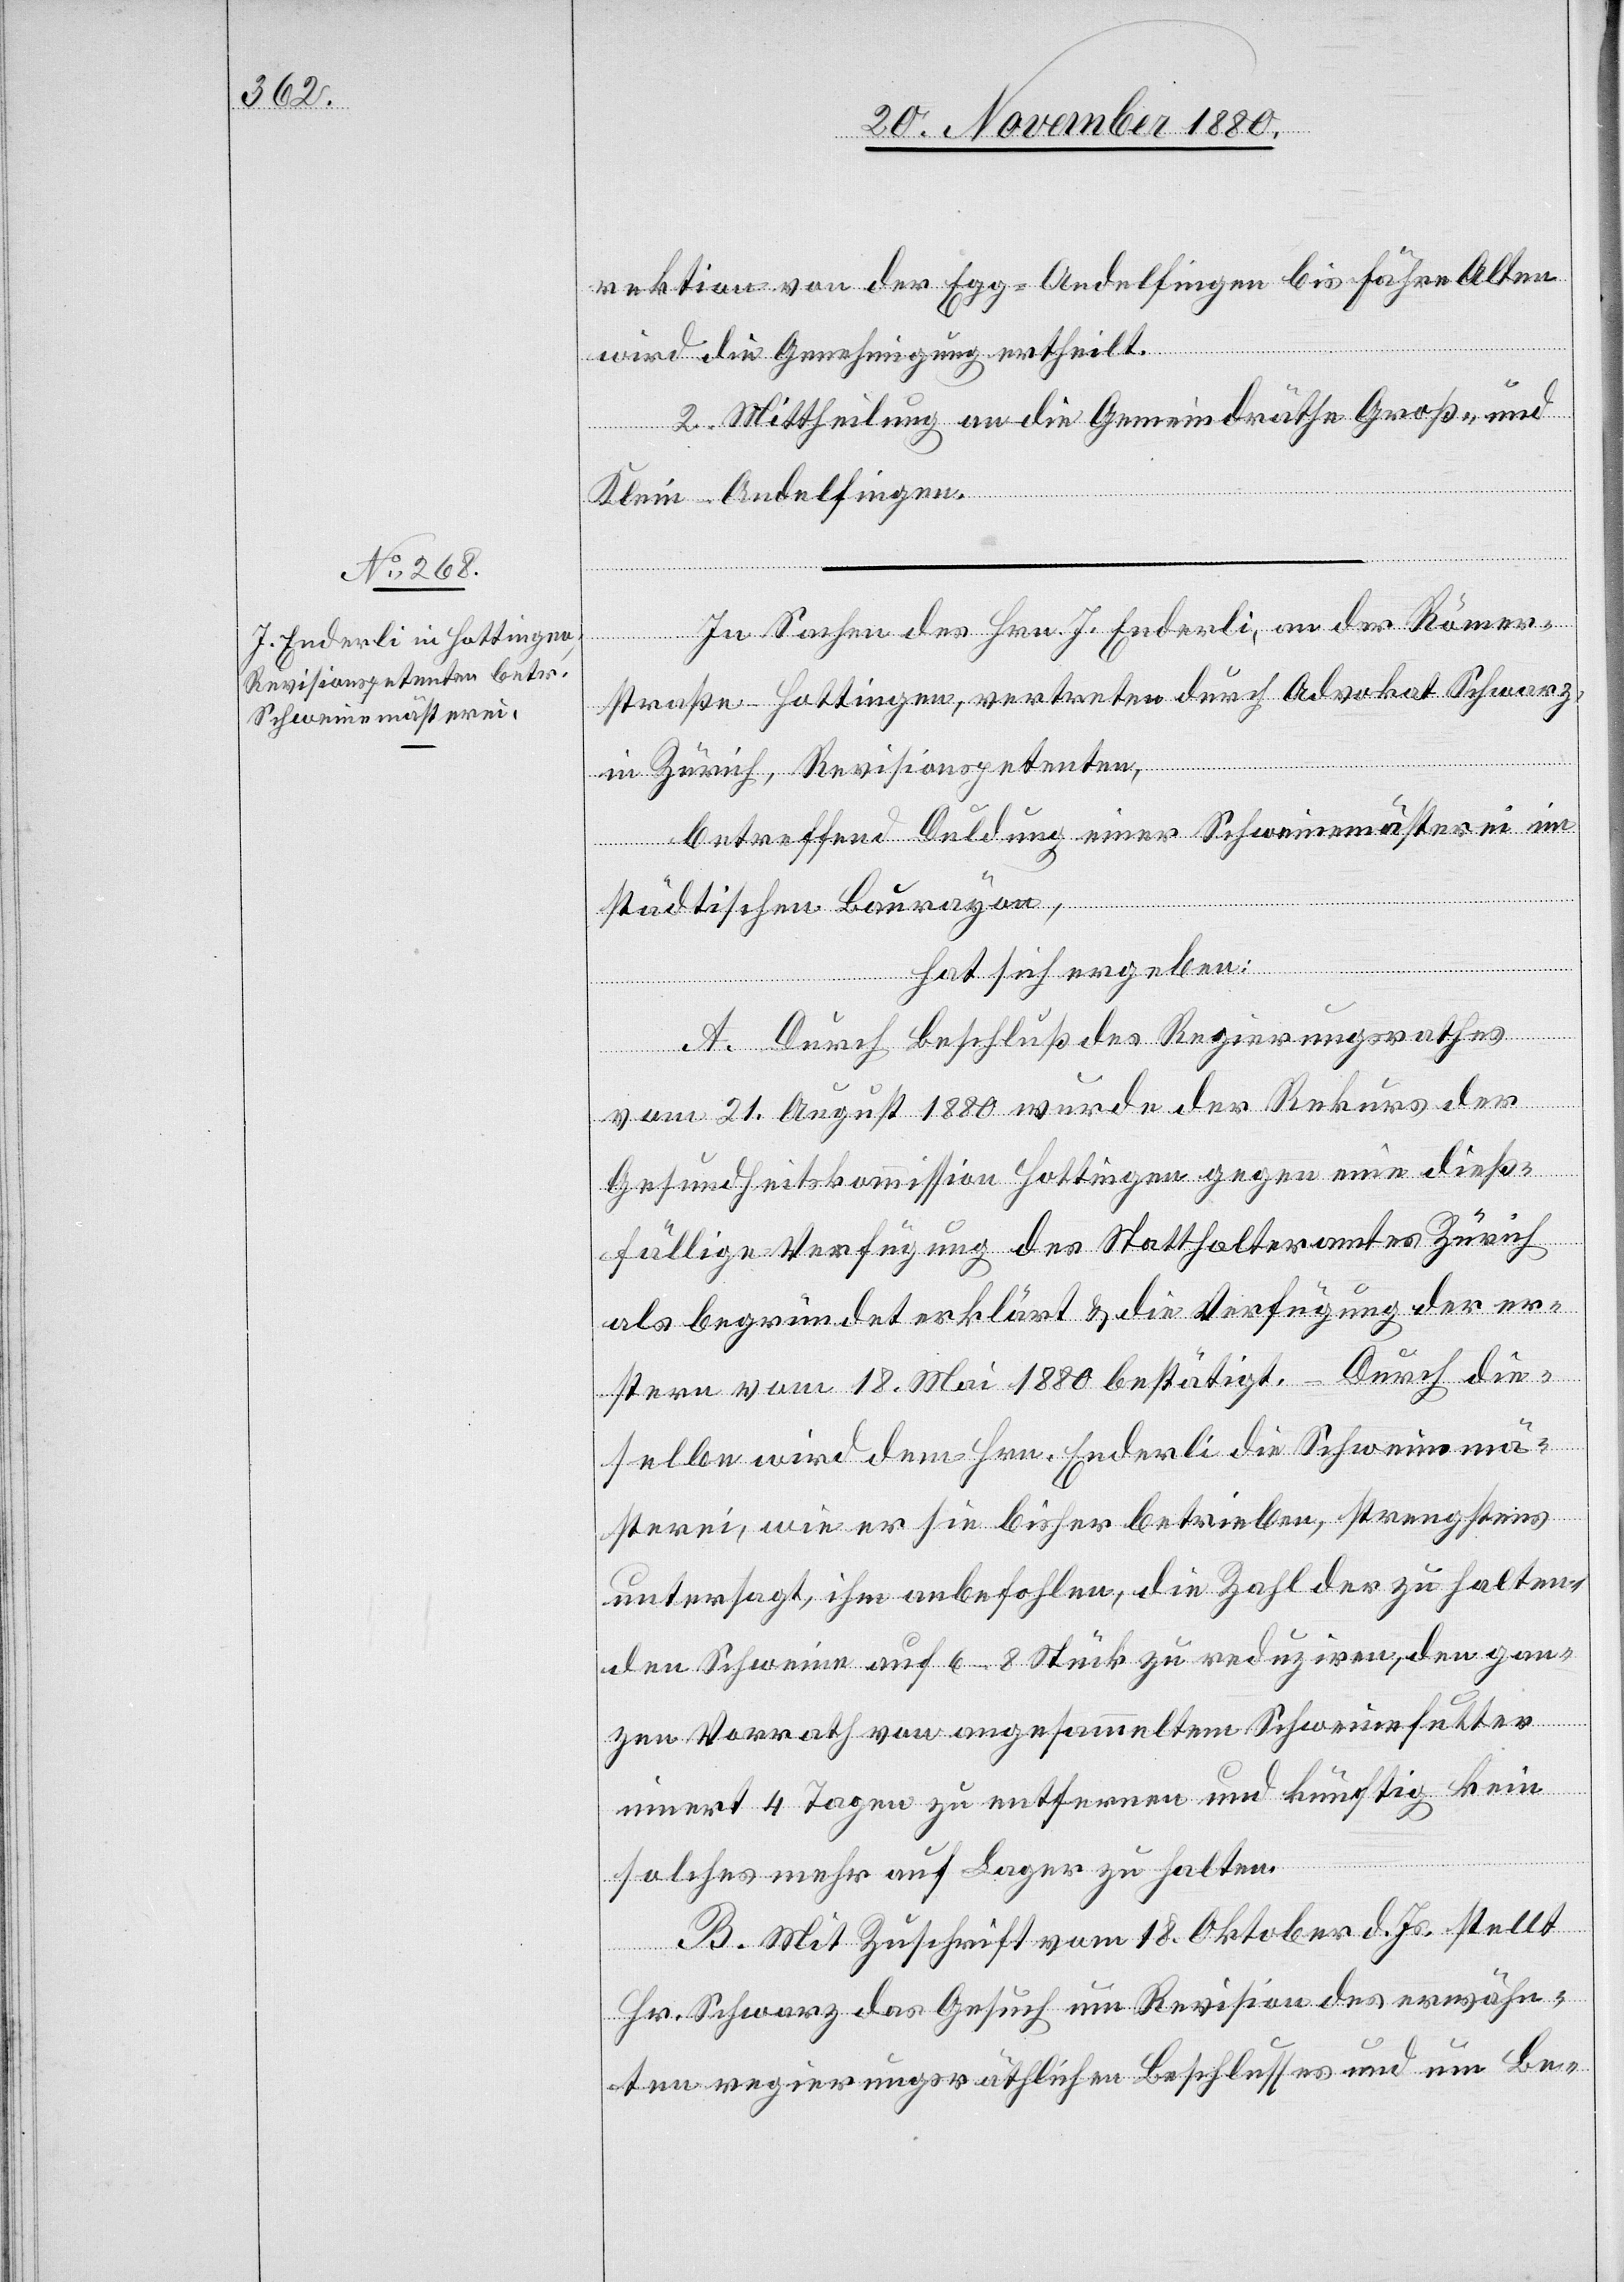
rektion von der Egg - Andelfingen bis Fähre Alten
wird die Genehmigung ertheilt.
2. Mittheilung an die Gemeindräthe Groß- und
Klein-Andelfingen.
In Sachen des Hrn. J. Enderli, an der Römer¬
straße - Hottingen, vertreten durch Advokat Schwarz,
in Zürich, Revisionspetenten,
betreffend Duldung einer Schweinemästerei im
städtischen Baurayon,
hat sich ergeben:
A. Durch Beschluß des Regierungsrathes
vom 21. August 1880 wurde der Rekurs der
Gesundheitskommission Hottingen gegen eine dieß¬
fällige Verfügung des Statthalteramtes Zürich
als begründet erklärt & die Verfügung der er¬
stern vom 18. Mai 1880 bestätigt. Durch die¬
selben wird dem Hrn. Enderli die Schweinemä¬
sterei, wie er sie bisher betrieben, strengstens
untersagt, ihm anbefohlen, die Zahl der zu halten¬
den Schweine auf 6–8 Stück zu reduziren, den gan¬
zen Vorrath von angesammeltem Schweinefutter
innert 4 Tagen zu entfernen und künftig kein
solches mehr auf Lager zu halten.
B. Mit Zuschrift vom 18. Oktober d. Js. stellt
Hr. Schwarz das Gesuch um Revision des erwähn¬
ten regierungsräthlichen Beschlusses und um Be-